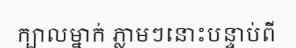
ក្បាលម្នាក់ ភ្លាមៗនោះបន្ទាប់ពី